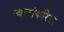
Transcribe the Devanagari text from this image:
स्थळांकरिता